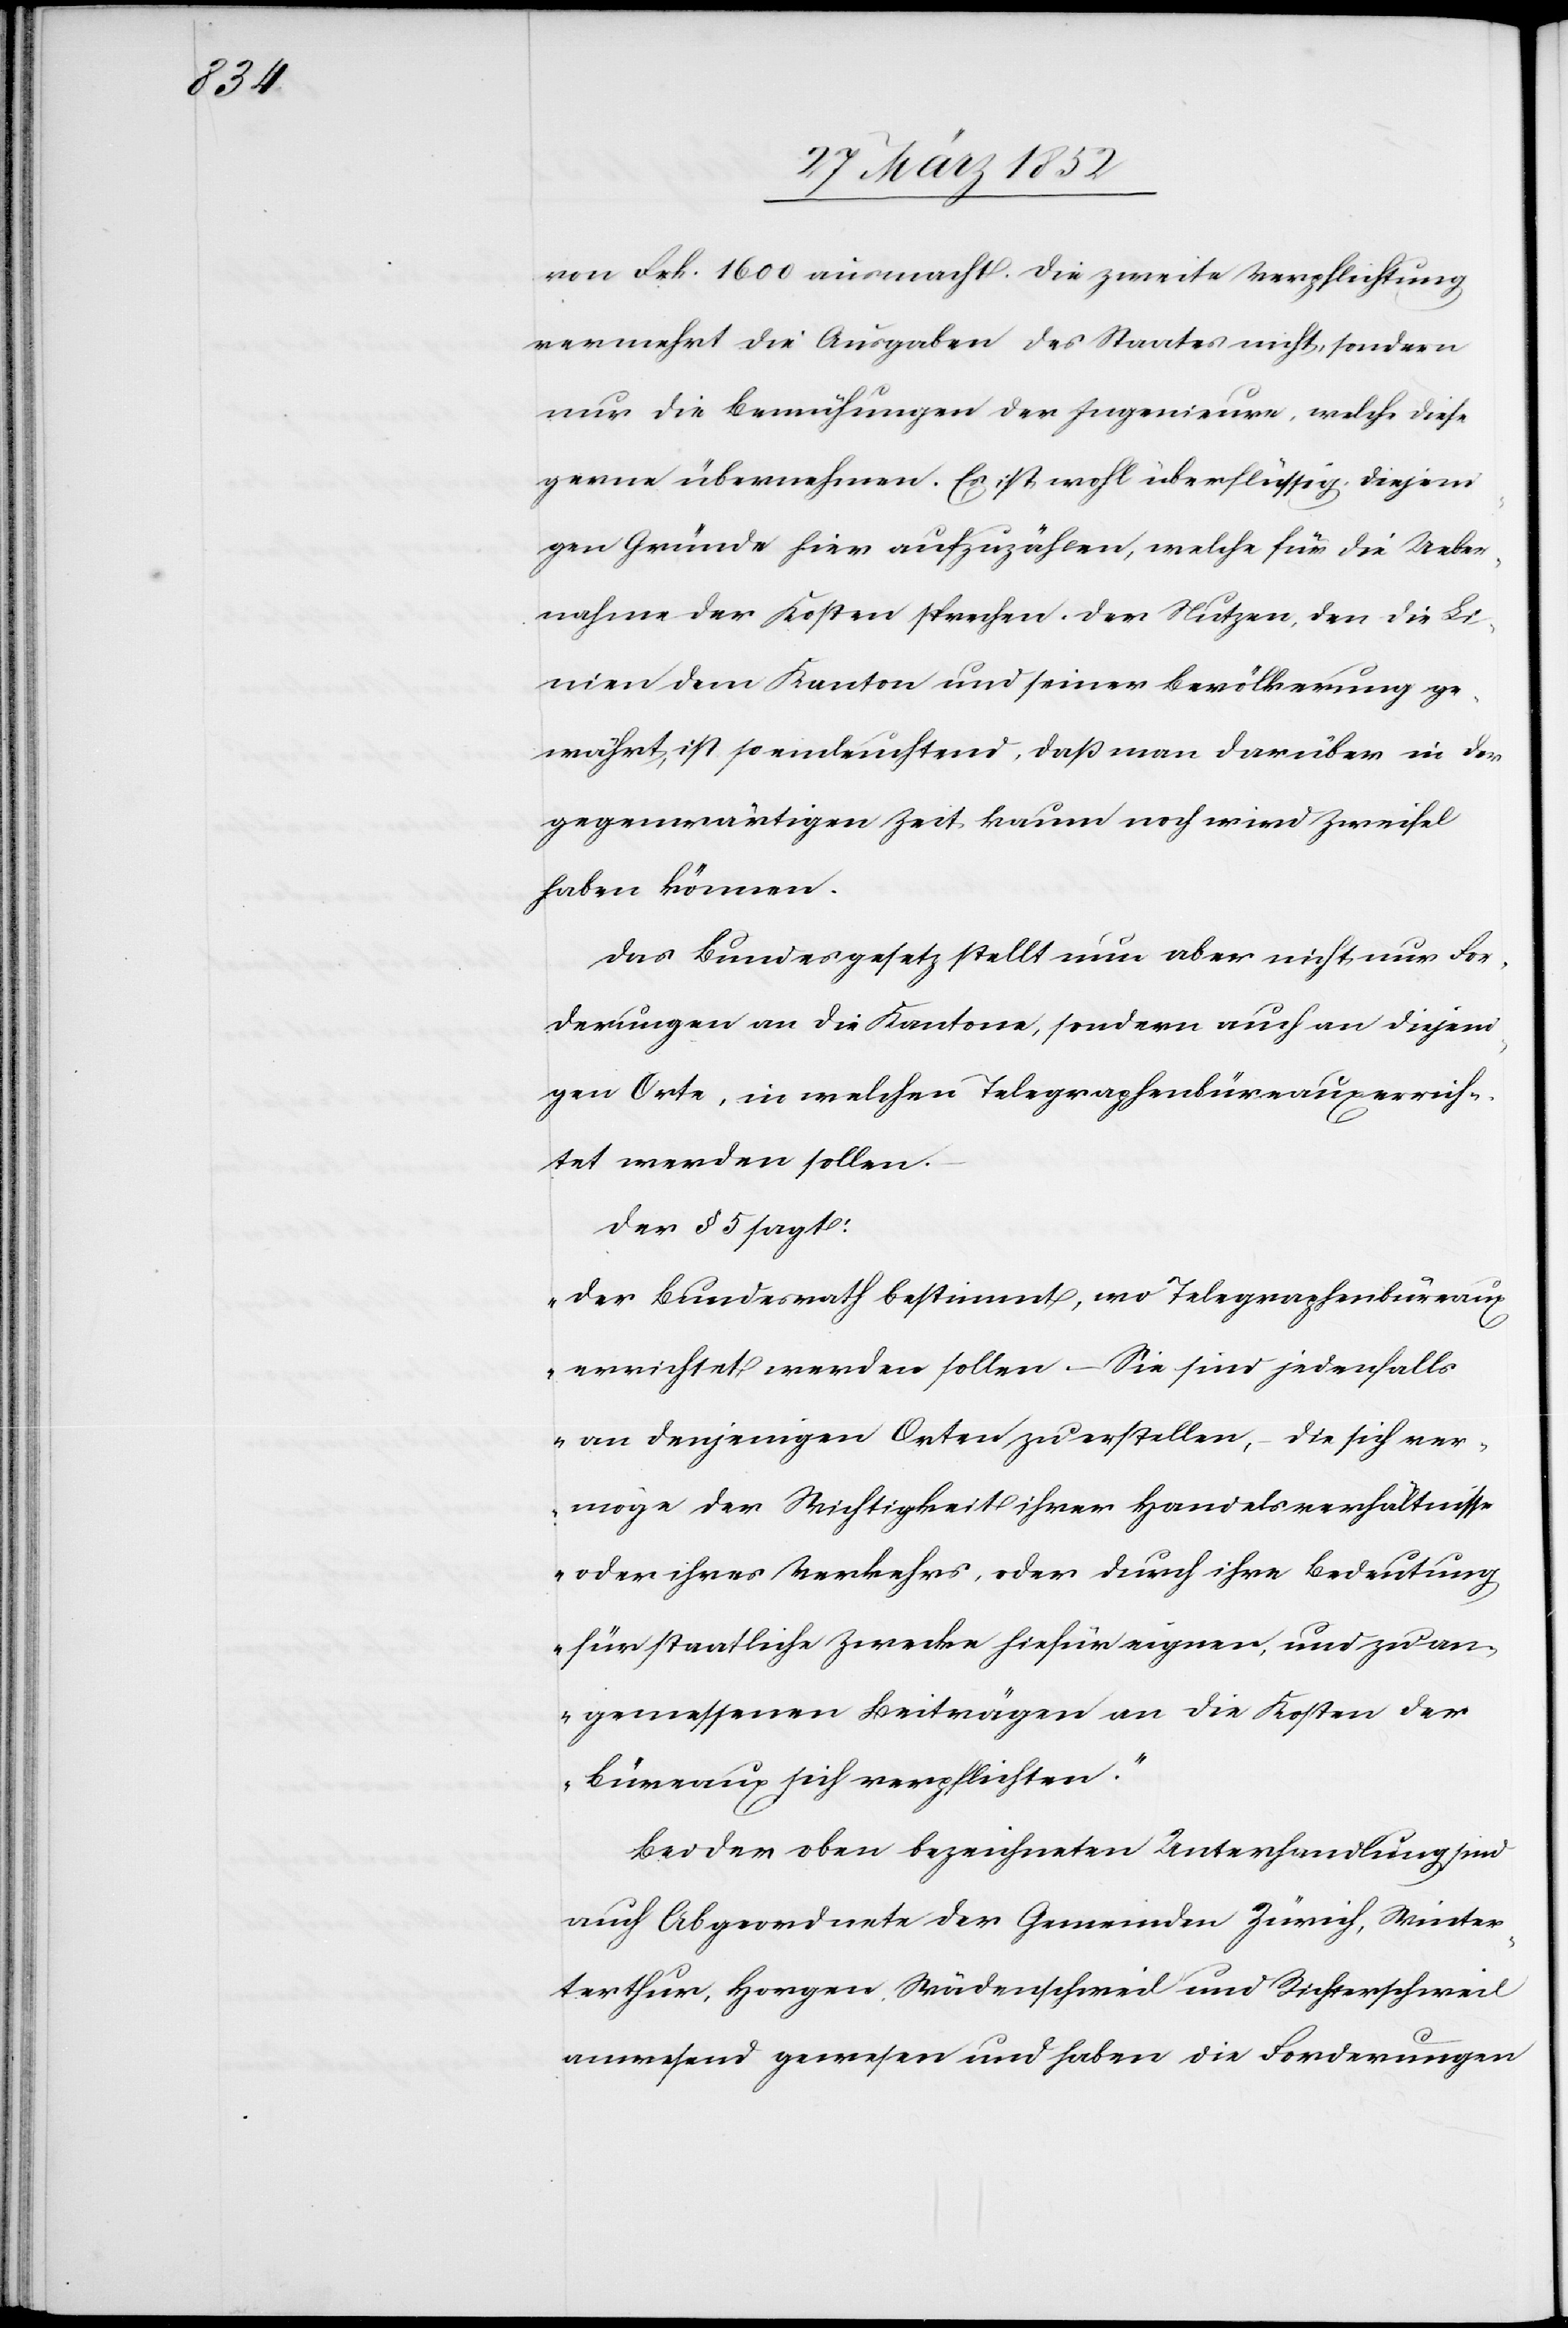
von Frk. 1600 ausmacht. Die zweite Verpflichtung
vermehrt die Ausgaben des Staates nicht, sondern
nur die Bemühungen der Ingenieure, welche diese
gerne übernehmen. Es ist wohl überflüssig, diejen¬
igen Gründe hier aufzuzählen, welche für die Ueber¬
nahme der Kosten sprechen. Der Nutzen, den die Li¬
nien dem Kanton und seiner Bevölkerung ge¬
währt, ist so einleuchtend, daß man darüber in der
gegenwärtigen Zeit kaum noch wird Zweifel
haben können.
Das Bundesgesetz stellt nun aber nicht nur For¬
derungen an die Kantone, sondern auch an diejeni¬
gen Orte, in welchen Telegraphenbüreaux errich¬
tet werden sollen.
Der § 5 sagt:
„Der Bundesrath bestimmt, wo Telegraphenbüreaux
errichtet werden sollen. – Sie sind jedenfalls
an denjenigen Orten zu erstellen, die sich ver¬
möge der Wichtigkeit ihrer Handelsverhältnisse
oder ihres Verkehrs, oder durch ihre Bedeutung
für staatliche Zwecke hiefür eignen, und zu an¬
gemessenen Beiträgen an die Kosten der
Büreaux sich verpflichten.“
Bei der oben bezeichneten Unterhandlung sind
auch Abgeordnete der Gemeinden Zürich, Win¬
terthur, Horgen, Wädenschweil und Richterschweil
anwesend gewesen und haben die Forderungen